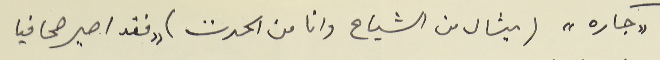
" جاره " (ميشال من الشياح وانا من الحدت) "فقد اصير صحافيا